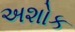
અશોક